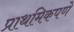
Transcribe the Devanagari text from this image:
प्राथमिकपणे